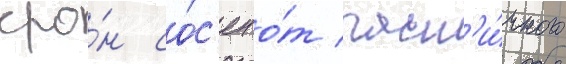
кро́н со́с'ен о́т част'и́чного